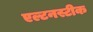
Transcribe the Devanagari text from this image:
एल्टनस्टीक